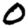
Digit: 0